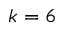
k = 6